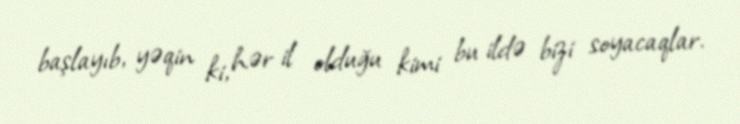
başlayıb, yəqin ki, hər il olduğu kimi bu ildə bizi soyacaqlar.